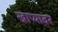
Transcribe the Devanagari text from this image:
खाप्यावर